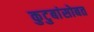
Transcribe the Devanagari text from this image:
कुटुबांसोबत